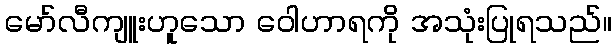
မော်လီကျူးဟူသော ဝေါဟာရကို အသုံးပြုရသည်။